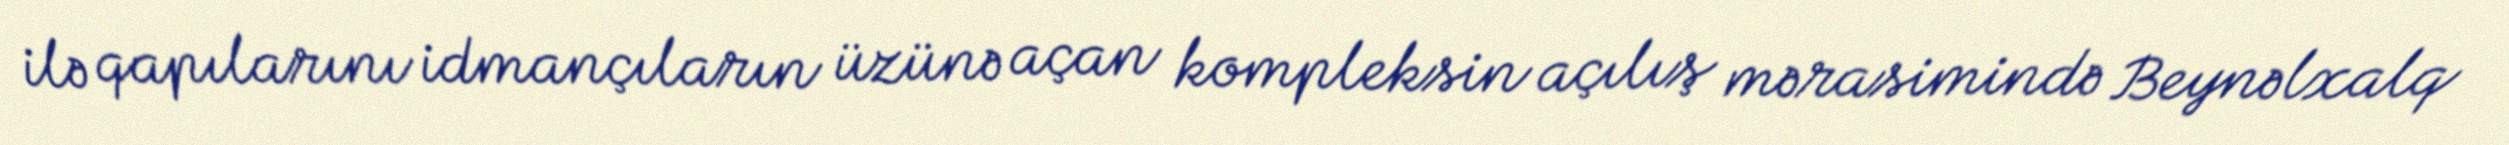
ilə qapılarını idmançıların üzünə açan kompleksin açılış mərasimində Beynəlxalq